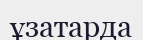
ұзатарда